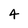
Character: 4